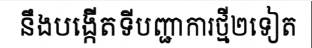
នឹងបង្កើតទីបញ្ជាការថ្មី២ទៀត